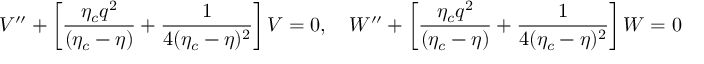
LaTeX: { \cal V } ^ { \prime \prime } + \left[ \frac { \eta _ { c } q ^ { 2 } } { ( \eta _ { c } - \eta ) } + \frac { 1 } { 4 ( \eta _ { c } - \eta ) ^ { 2 } } \right] { \cal V } = 0 , ~ ~ ~ { \cal W } ^ { \prime \prime } + \left[ \frac { \eta _ { c } q ^ { 2 } } { ( \eta _ { c } - \eta ) } + \frac { 1 } { 4 ( \eta _ { c } - \eta ) ^ { 2 } } \right] { \cal W } = 0